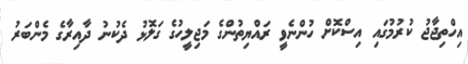
އިހްތިޖާޖު ކުރުމުގައި އިސްކޮށް ހުންނެވީ ރައްޔިތުންގެ މަޖިލީހުގެ ގަލޮޅު ދެކުނު ދާއިރާގެ މެންބަރު